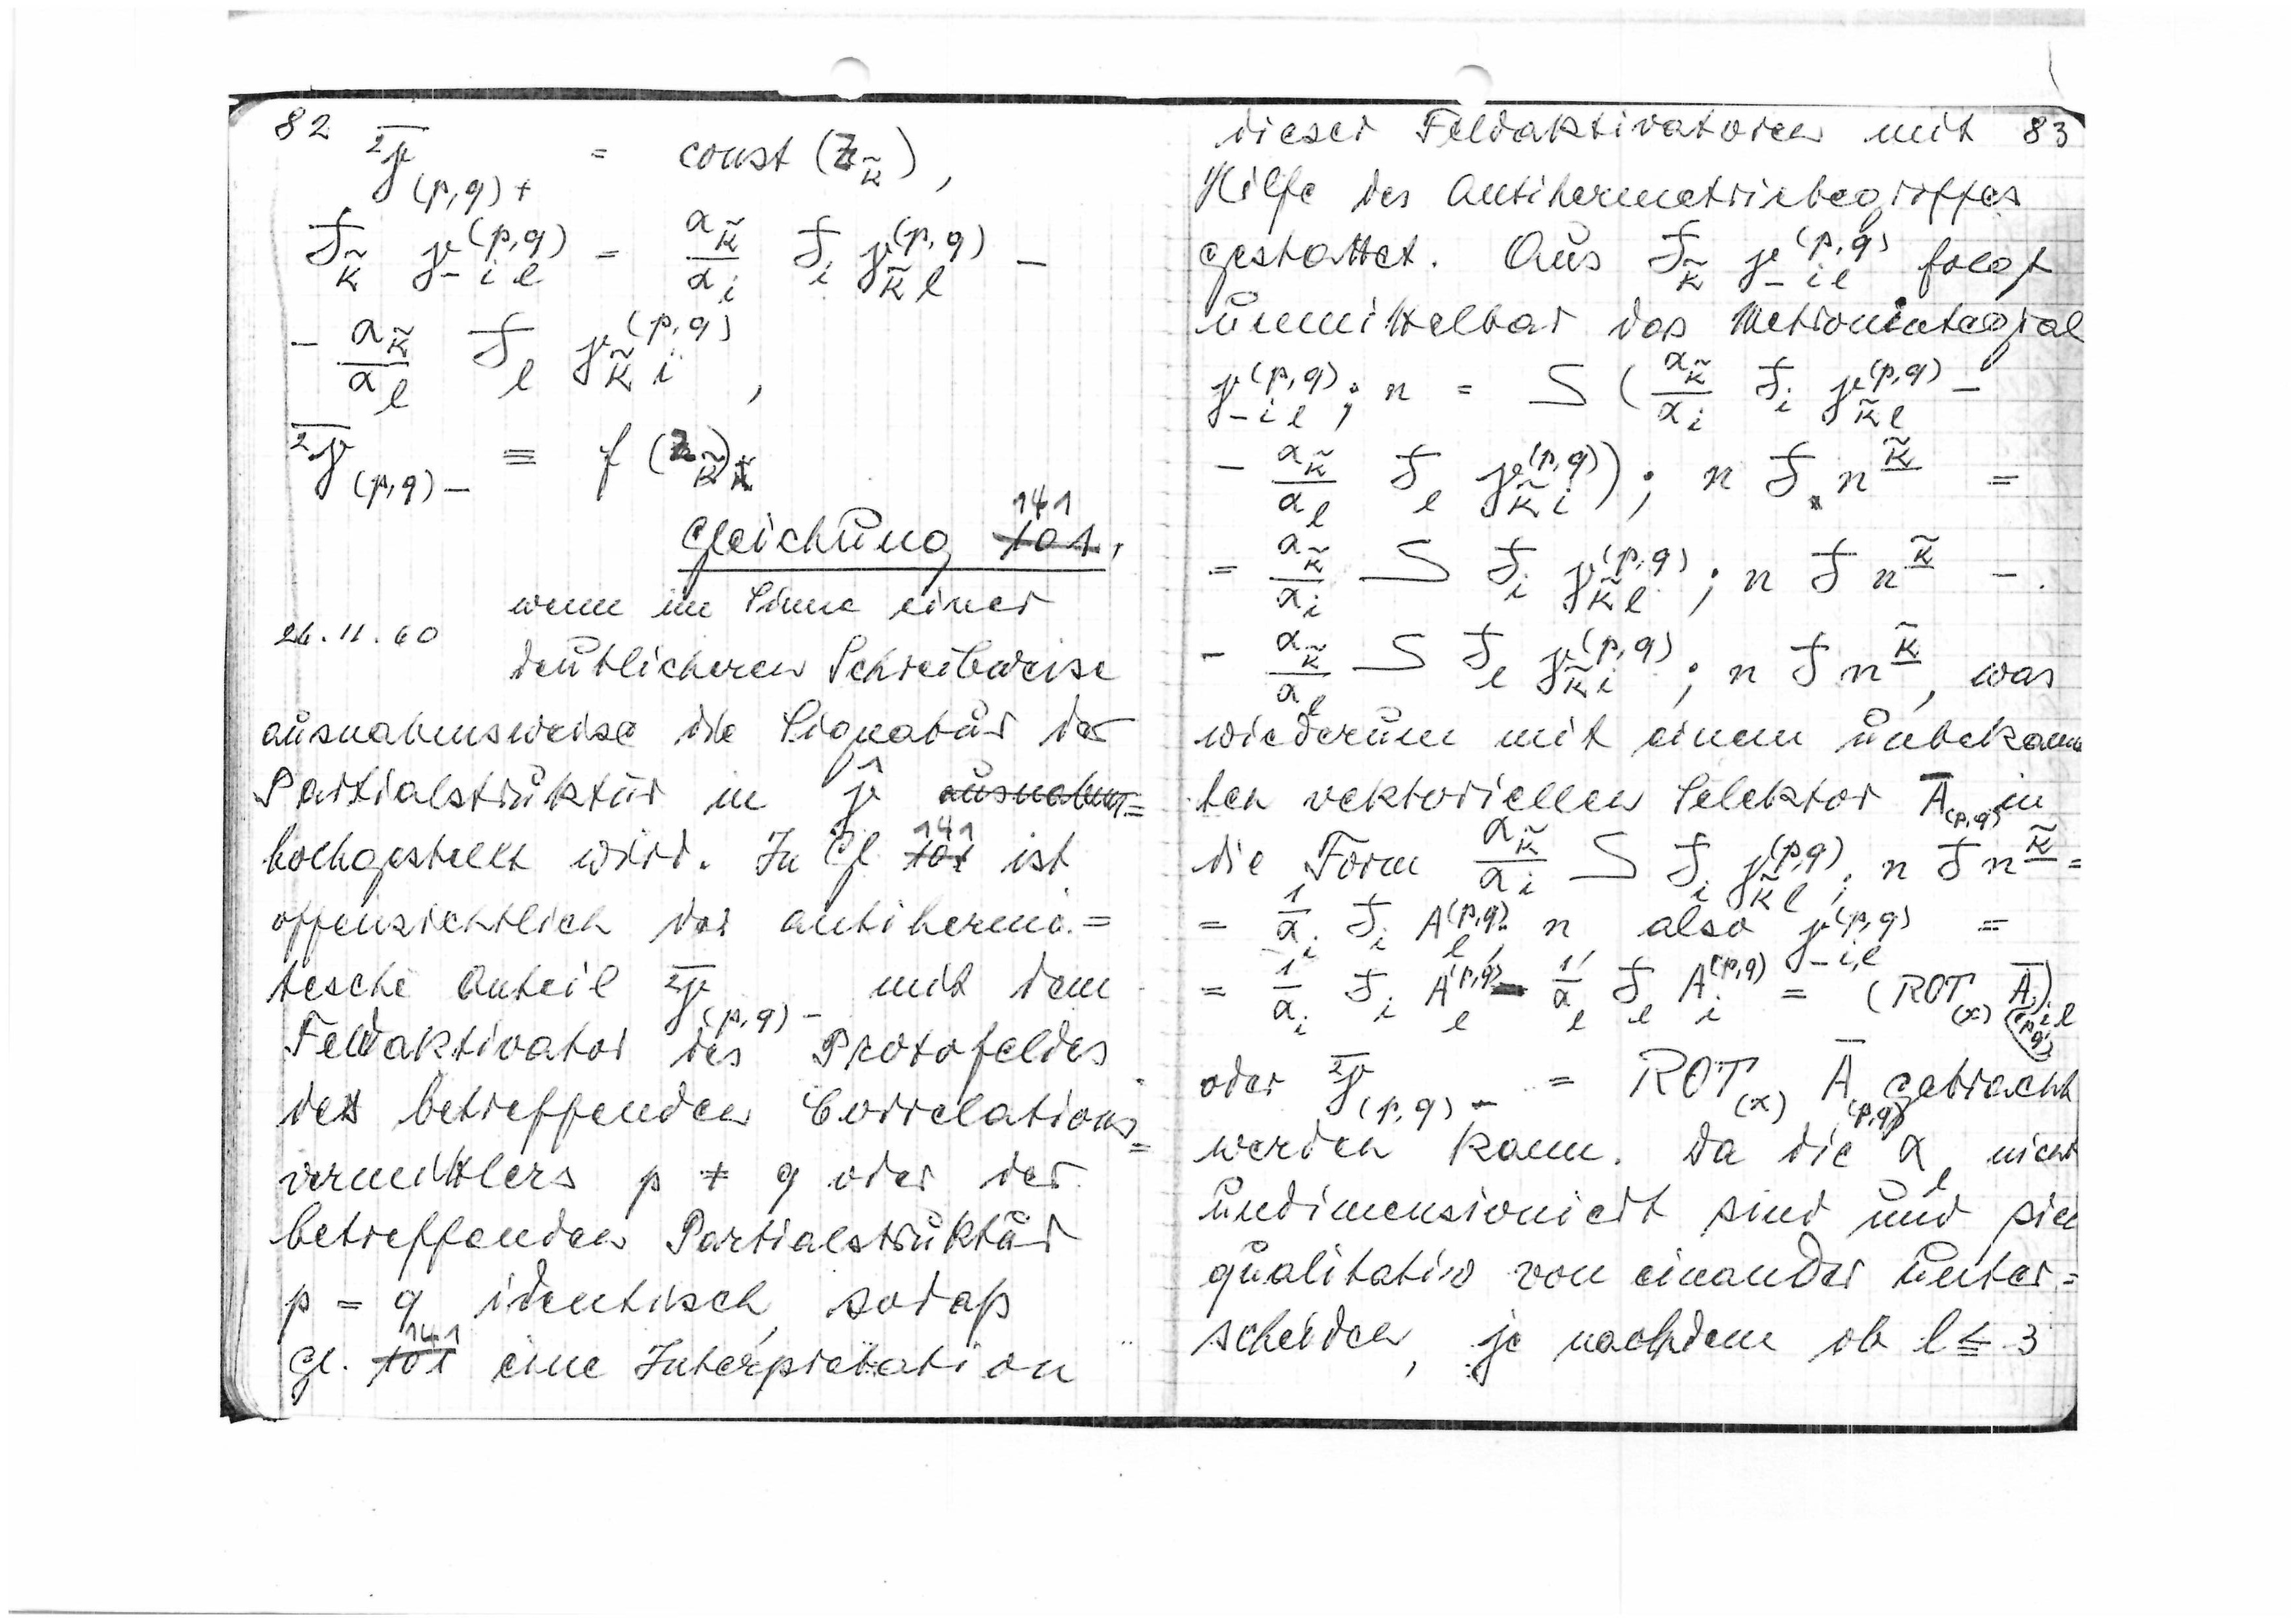
141
Gleichung
101
26.11.60
wenn im Sinne einer
deutlicheren Schreibweise
ausnahmsweise die Signatur der
Partialstruktur in

ausnahm=
hochgestellt wird. In Gl
141
101
ist
offensichtlich der antihermi=

tische Anteil
mit dem

Feldaktivator des Protofeldes
des betreffenden Korrelations=
vermittlers p ≠ q oder der
betreffenden Partialstruktur
p = q identisch, sodaß
Gl.
141
101
eine Interpretation

83
dieser Feldaktivatoren mit
Hilfe des Antihermetriebegriffes

gestattet. Aus
folgt

unmittelbar das Metronintegral

=

was

wiederum mit einem unbekann
ten vektoriellen Selektor

in

die Form

n, also

oder

gebracht
werden kann. Da die αl nicht
undimensioniert sind und sich
qualitativ voneinander unter=
scheiden, je nachdem ob l ≦ 3